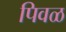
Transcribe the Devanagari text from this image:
पिवळ